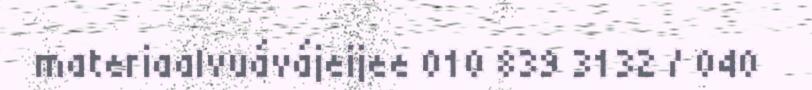
materiaalvuávájeijee 010 839 3132 / 040